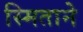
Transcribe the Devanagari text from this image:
स्मिताने